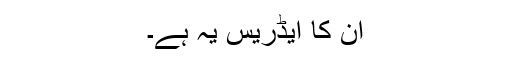
ان کا ایڈریس یہ ہے۔